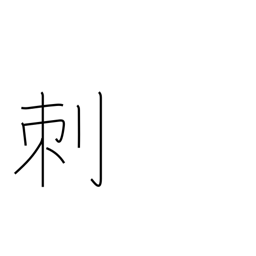
Meaning: thorn